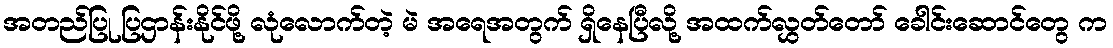
အတည်ပြု ပြဌာန်းနိုင်ဖို့ လုံလောက်တဲ့ မဲ အရေအတွက် ရှိနေပြီလို့ အထက်လွှတ်တော် ခေါင်းဆောင်တွေ က